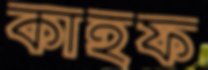
কাহফ